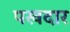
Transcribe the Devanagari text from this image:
पखदार